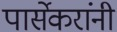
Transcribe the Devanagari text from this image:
पार्सेकरांंनी